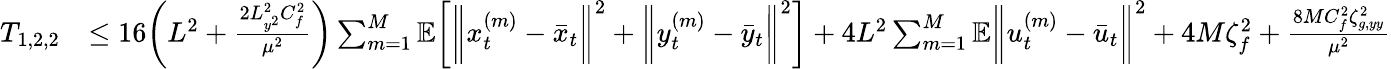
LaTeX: \begin{array}{rl}{T_{1,2,2}}&{\leq 16\bigg(L^{2}+\frac{2L_{y^{2}}^{2}C_{f}^{2}}{\mu^{2}}\bigg)\sum_{m=1}^{M}\mathbb{E}\bigg[\bigg\| x_{t}^{(m)}-\bar{x}_{t}\bigg\| ^{2}+\bigg\| y_{t}^{(m)}-\bar{y}_{t}\bigg\| ^{2}\bigg]+4L^{2}\sum_{m=1}^{M}\mathbb{E}\bigg\| u_{t}^{(m)}-\bar{u}_{t}\bigg\| ^{2}+4M\zeta_{f}^{2}+\frac{8MC_{f}^{2}\zeta_{g,yy}^{2}}{\mu^{2}}}\end{array}